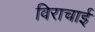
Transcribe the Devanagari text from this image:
विराचाई